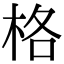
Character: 格